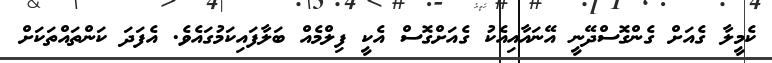
ކެމީލާ ގެއަށް ގެންގޮސްދޭނީ އޭނައާއިއެކު ގެއަށްގޮސް އެކީ ފިލްމެއް ބަލާފައިކަމުގައެވެ. އެފަދަ ކަންތައްތަކަށް